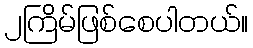
၂ကြိမ်ဖြစ်စေပါတယ်။